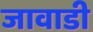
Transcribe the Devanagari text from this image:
जावाडी